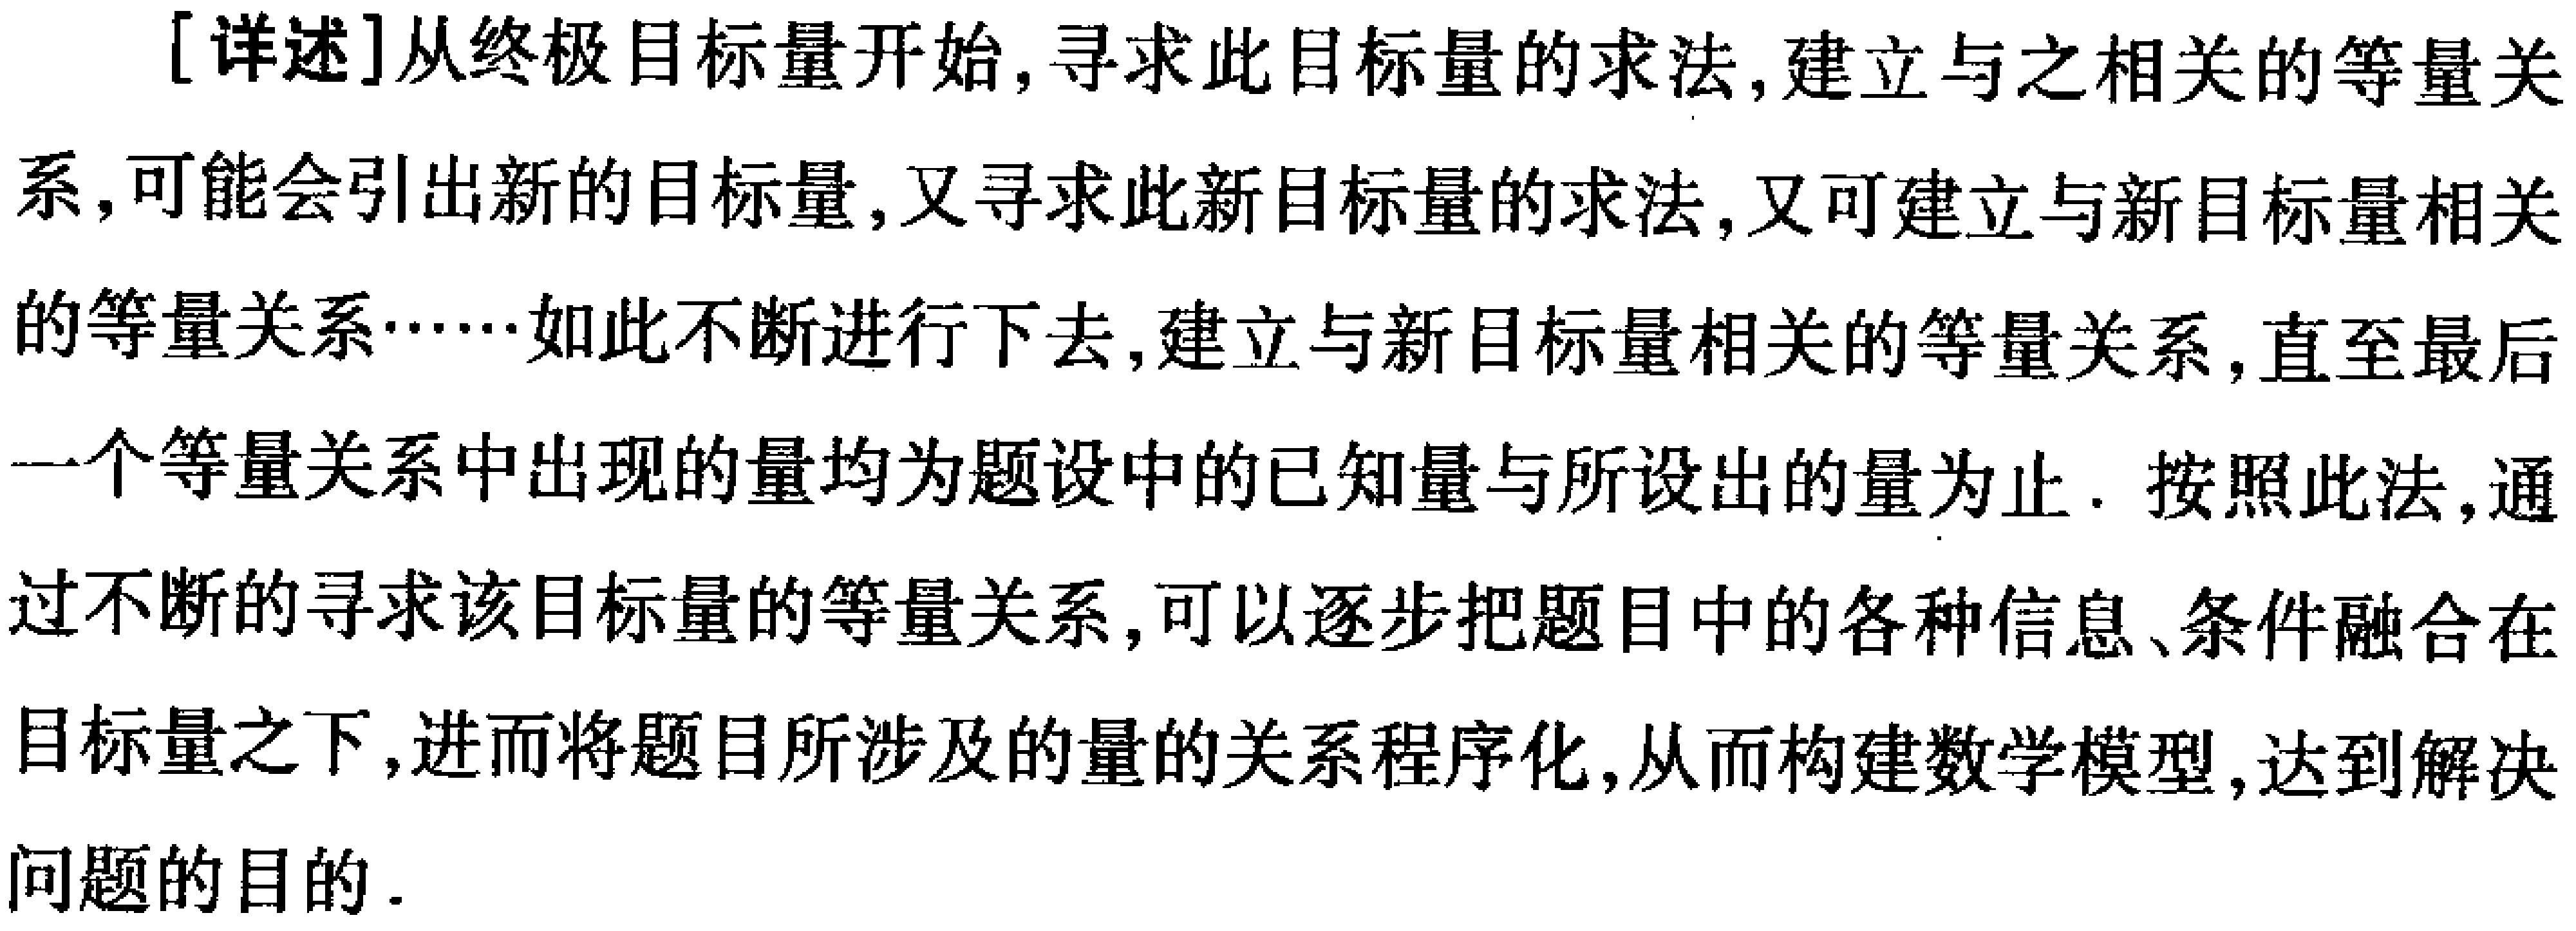
[详述]从终极目标量开始,寻求此目标量的求法,建立与之相关的等量关系,可能会引出新的目标量,又寻求此新目标量的求法,又可建立与新目标量相关的等量关系……如此不断进行下去,建立与新目标量相关的等量关系,直至最后一个等量关系中出现的量均为题设中的已知量与所设出的量为止. 按照此法,通过不断的寻求该目标量的等量关系,可以逐步把题目中的各种信息、条件融合在目标量之下,进而将题目所涉及的量的关系程序化,从而构建数学模型,达到解决问题的目的.